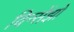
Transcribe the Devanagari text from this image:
विन्सेंझो